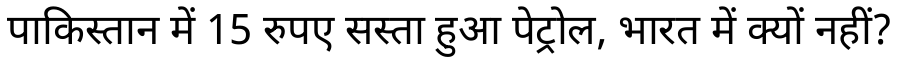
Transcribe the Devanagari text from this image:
पाकिस्तान में 15 रुपए सस्ता हुआ पेट्रोल, भारत में क्यों नहीं?